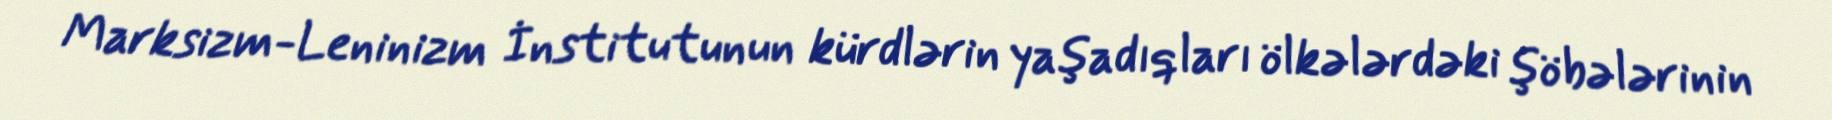
Marksizm-Leninizm İnstitutunun kürdlərin yaşadıqları ölkələrdəki şöbələrinin